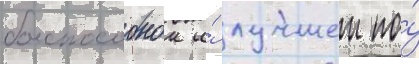
боеспособнои и́ лучшеи по́